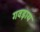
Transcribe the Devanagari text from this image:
गवड़ाय